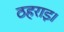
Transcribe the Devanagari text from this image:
ठहराइ।